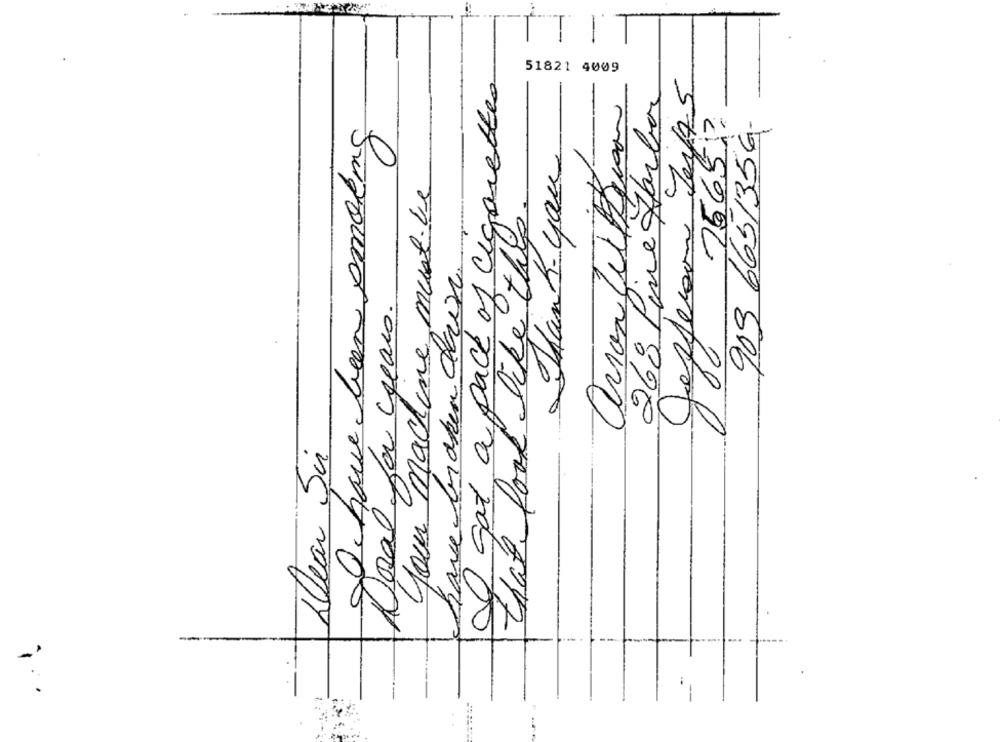
gat a pack of cigarettes
51821 4009
268 Pine Harbor
756513
909 6651356-
Ihave been smoking
Thank-you
0
your machine must be
have broken down
Jefferson
that food like this
Dosal for reais.
80
Dear Sir
-